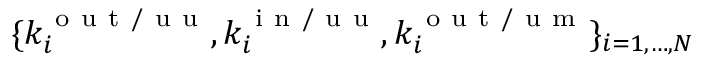
\lbrace k _ { i } ^ { \mathrm { ~ o ~ u ~ t ~ / ~ u ~ u ~ } } , k _ { i } ^ { \mathrm { ~ i ~ n ~ / ~ u ~ u ~ } } , k _ { i } ^ { \mathrm { ~ o ~ u ~ t ~ / ~ u ~ m ~ } } \rbrace _ { i = 1 , \dots , N }